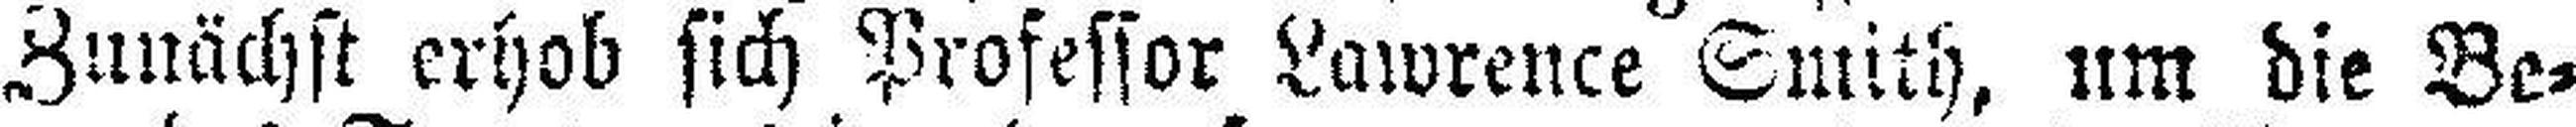
Zunächst erhob sich Professor Lawrence Smith, um die Be¬